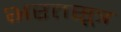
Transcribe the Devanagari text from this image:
भरतसूत्र